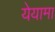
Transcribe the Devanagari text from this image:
येयामा